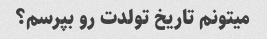
میتونم تاریخ تولدت رو بپرسم؟